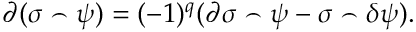
\partial ( \sigma \frown \psi ) = ( - 1 ) ^ { q } ( \partial \sigma \frown \psi - \sigma \frown \delta \psi ) .